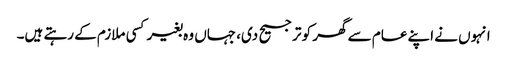
انہوں نے اپنے عام سے گھر کو ترجیح دی، جہاں وہ بغیر کسی ملازم کے رہتے ہیں۔